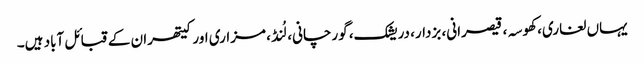
یہاں لغاری، کھوسہ، قیصرانی، بزدار، دریشک، گورچانی، لُنڈ، مزاری اور کیتھران کے قبائل آباد ہیں۔